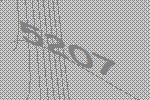
5207